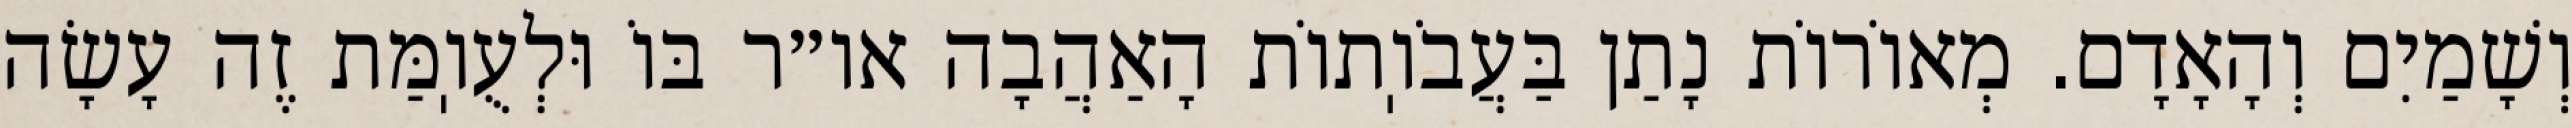
וְשָׁמַיִם וְהָאָדָם. מְאוֹרוֹת נָתַן בַּעֲבֹוֽתוֹת הָאַהֲבָה או״ר בּוֹ וּלְעֻוֽמַּת זֶה עָשָׂה